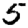
Digit: 5